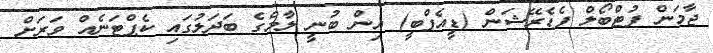
ޖާމަން ފުޓްބޯލް ފެޑެރޭޝަން (ޑީއެފްބީ) އިން ބުނީ ލާމްގެ ބަދަލުގައި ކެޕްޓަނެއް ވަރަށް